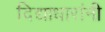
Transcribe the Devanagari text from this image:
दिद्याधारांनी